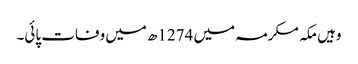
وہیں مکہ مکرمہ میں 1274ھ میں وفات پائی۔